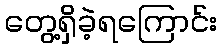
တွေ့ရှိခဲ့ရကြောင်း